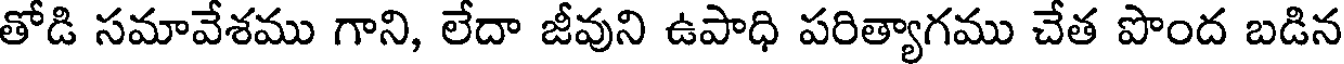
తోడి సమావేశము గాని, లేదా జీవుని ఉపాధి పరిత్యాగము చేత పొంద బడిన